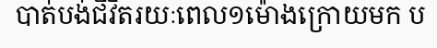
បាត់បង់ជីវិតរយៈពេល១ម៉ោងក្រោយមក ប